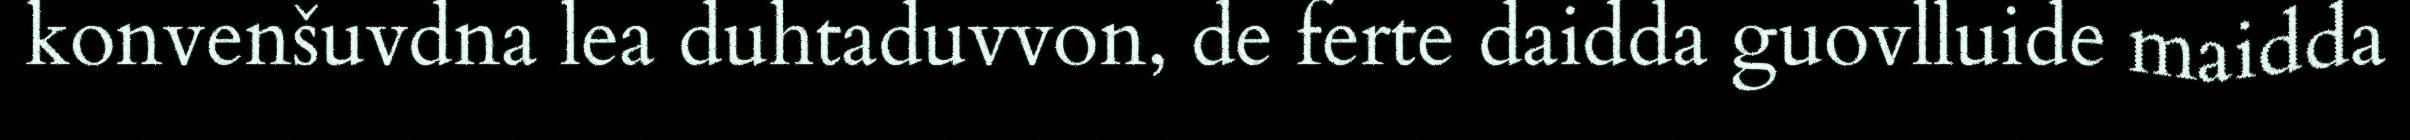
konvenšuvdna lea duhtaduvvon, de ferte daidda guovlluide maidda